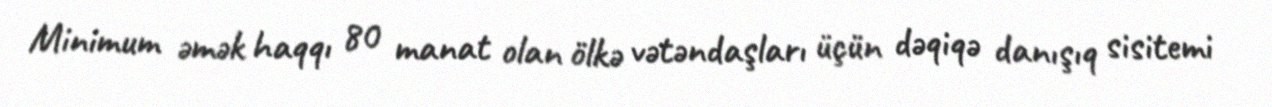
Minimum əmək haqqı 80 manat olan ölkə vətəndaşları üçün dəqiqə danışıq sisitemi